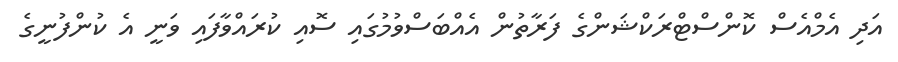
އަދި އެމްއެސް ކޮންސްޓްރަކްޝަންގެ ފަރާތުން އެއްބަސްވުމުގައި ސޮއި ކުރައްވާފައި ވަނީ އެ ކުންފުނީގެ